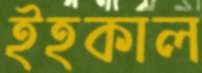
ইহকাল